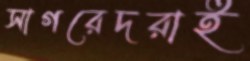
সাগরেদরাই